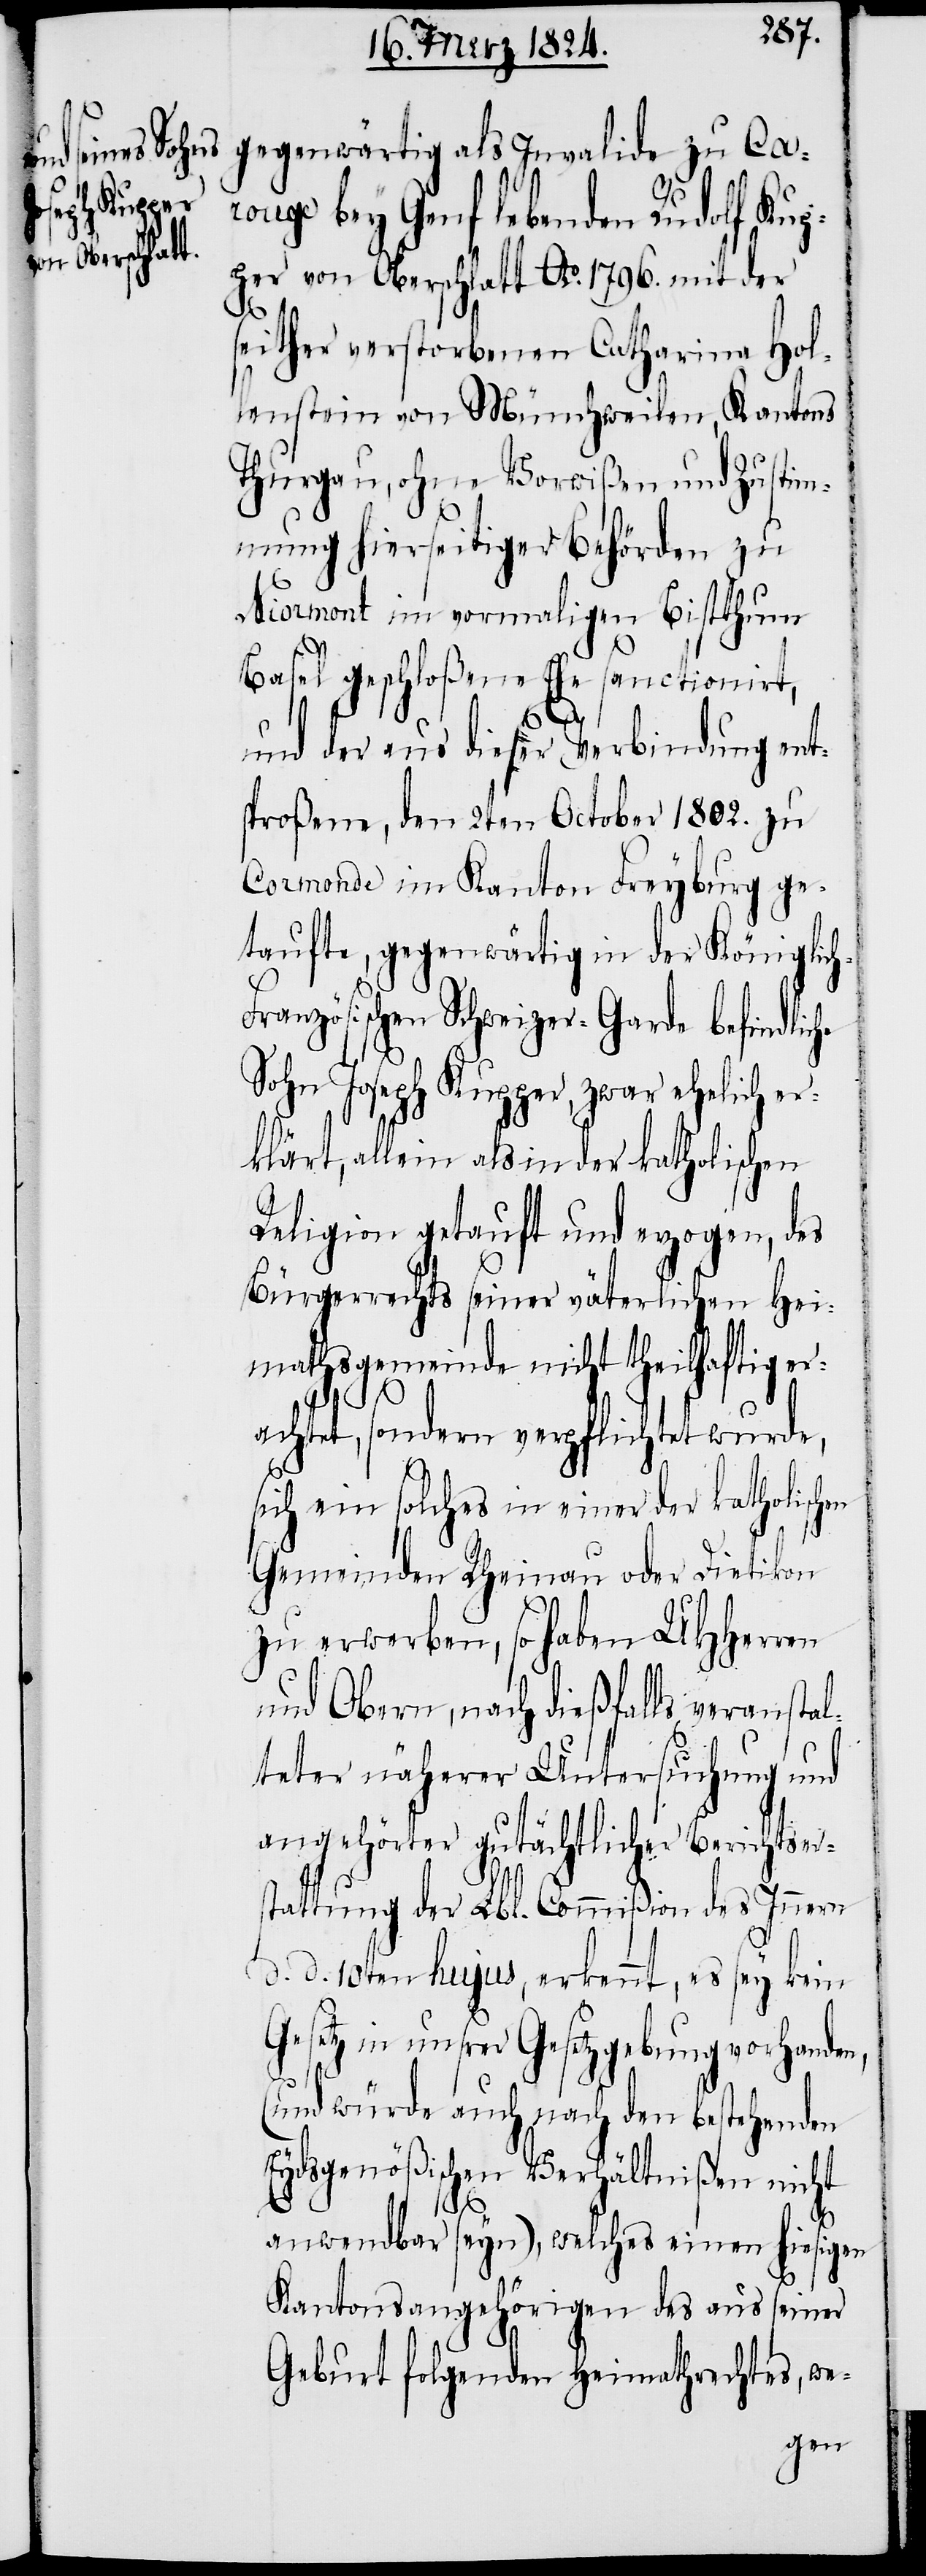
gegenwärtig als Invalide zu Car¬
ouge bey Genf lebenden Rudolf Kup¬
per von Oberschlatt Ao. 1796. mit der
seither verstorbenen Catharina Hol¬
lenstein von Münschweilen, Kantons
Thurgau, ohne Vorwißen und Zustim¬
mung hierseitiger Behörden zu
Niormont im vormaligen Bisthum
Basel geschloßene Ehe sanctionirt,
che
und der aus dieser Verbindung ent¬
sproßene, den 2ten October 1802. zu
Cormonde im Kanton Freyburg ge¬
taufte, gegenwärtig in der Königlic¬
ranzösischen Schweizer-Garde befindli¬
Sohn Joseph Kupper, zwar ehelich er¬
klärt, allein als in der katholischen
Religion getauft und erzogen, des
Bürgerrechts seiner väterlichen Hei¬
mathsgemeinde nicht theilhaftig er¬
achtet, sondern verpflichtet wurde,
sich ein solches in einer der katholischen
Gemeinden Rheinau oder Dietikon
zu erwerben, so haben UHHerren
und Obern, nach dießfalls veranstal¬
teter näherer Untersuchung und
angehörter gutächtlicher Berichtser¬
stattung der Lbl. Commißion des Innern
d. d. 10ten hujus, erkennt, es sey kein
Gesetz in unsrer Gesetzgebung vorhanden,
(und würde auch nach den bestehenden
eydsgenößischen Verhältnißen nicht
anwendbar seyn), welches einen hiesigen
Kantonsangehörigen des aus seiner
Geburt folgenden Heimathrechtes, we-